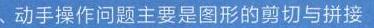
、动手操作问题主要是图形的剪切与拼接